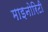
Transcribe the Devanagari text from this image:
माइनोरिटी